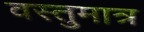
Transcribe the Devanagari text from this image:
वस्तुमात्र